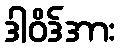
ဒါဝိဒ်အား